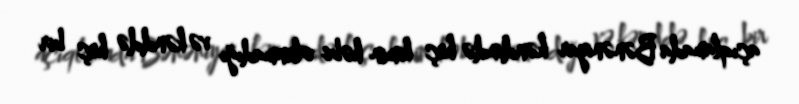
açıqlamada Bənəniyar kəndində heç kimin həbs olunmadığı və kənddə heç bir